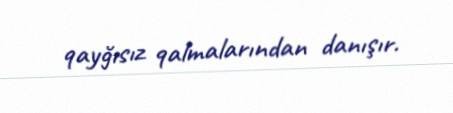
qayğısız qalmalarından danışır.